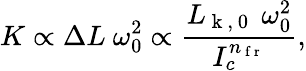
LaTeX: K\propto\Delta L~\omega_{0}^{2}\propto\frac{L_{\mathrm{~k~,~0~}}~\omega_{0}^{2}}{I_{c}^{n_{\mathrm{~f~r~}}}},